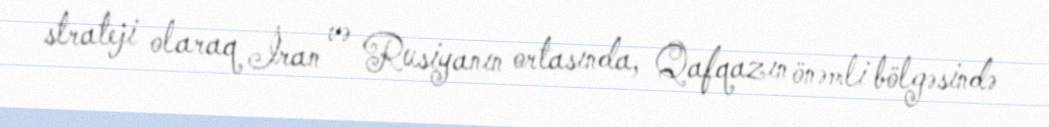
strateji olaraq İran və Rusiyanın ortasında, Qafqazın önəmli bölgəsində